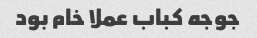
جوجه کباب عملا خام بود